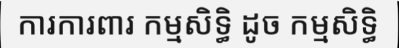
ការការពារ កម្មសិទ្ធិ ដូច កម្មសិទ្ធិ